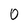
Character: 0